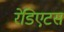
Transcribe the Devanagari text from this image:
रेडिएटस